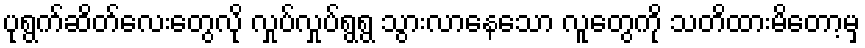
ပုရွက်ဆိတ်လေးတွေလို လှုပ်လှုပ်ရွရွ သွားလာနေသော လူတွေကို သတိထားမိတော့မှ